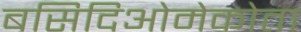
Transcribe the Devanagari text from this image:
बसिदिओमेकोता